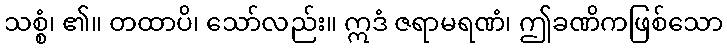
သစ္စံ၊ ၏။ တထာပိ၊ သော်လည်း။ ဣဒံ ဇရာမရဏံ၊ ဤခဏိကဖြစ်သော